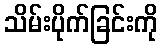
သိမ်းပိုက်ခြင်းကို